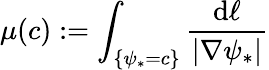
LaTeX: \mu(c):=\int_{\{ \psi_{*}=c\} }\frac{\mathrm{d}\ell}{|\nabla\psi_{*}|}